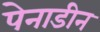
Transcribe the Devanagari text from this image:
पेनाडीन